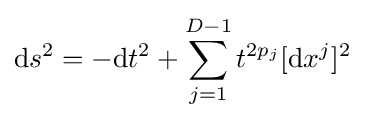
{\text{d}}s^{2}=-{\text{d}}t^{2}+\sum _{j=1}^{D-1}t^{2p_{j}}[{\text{d}}x^{j}]^{2}